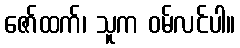
ဇော်ထက်၊ သူက ဝမ်လင်ပါ။